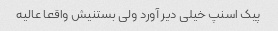
پیک اسنپ خیلی دیر آورد ولی بستنیش واقعا عالیه